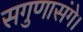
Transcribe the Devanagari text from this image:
सगुणासंगे।